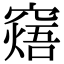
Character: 𥧸